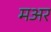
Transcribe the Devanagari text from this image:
मअर